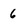
Character: 6